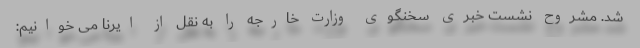
شد. مشروح نشست خبری سخنگوی وزارت خارجه را به نقل از ایرنا می خوانیم: